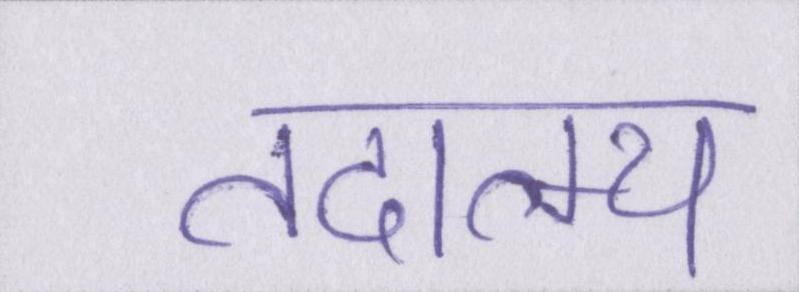
तदात्म्य